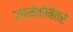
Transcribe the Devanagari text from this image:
सामंतांनंतर